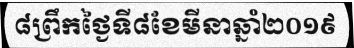
៨ព្រឹកថ្ងៃទី៨ខែមីនាឆ្នាំ២០១៩